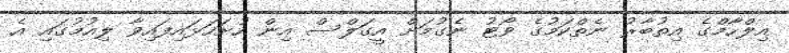
އިލްހާމްގެ އިތުބާރު ނެތްކަމުގެ ވޯޓު ނެގުމަށް އީގަލްސް އިން ހުށަހަޅައިފައިވާ ލިއުމުގައި އެ